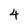
Character: 4